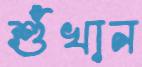
শুঁখান